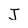
Character: J